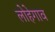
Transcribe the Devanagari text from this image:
लोहेगाव